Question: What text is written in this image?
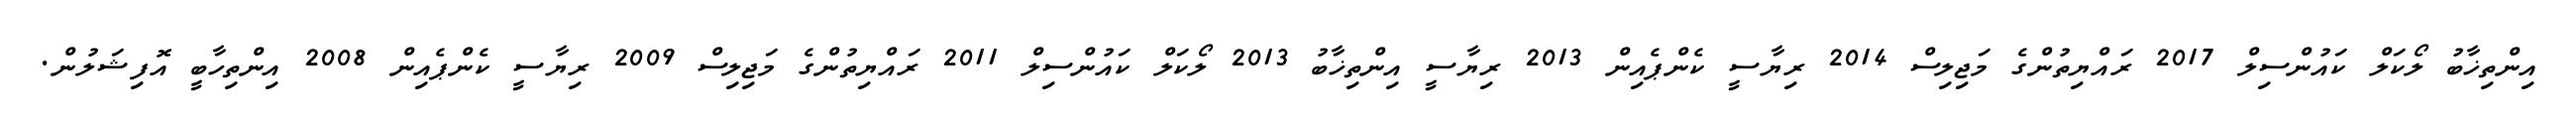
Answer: އިންތިޚާބު ލޯކަލް ކައުންސިލް 2017 ރައްޔިތުންގެ މަޖިލިސް 2014 ރިޔާސީ ކެންޕެއިން 2013 ރިޔާސީ އިންތިޚާބު 2013 ލޯކަލް ކައުންސިލް 2011 ރައްޔިތުންގެ މަޖިލިސް 2009 ރިޔާސީ ކެންޕެއިން 2008 އިންތިހާބީ އޮފިޝަލުން.